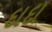
દાદા